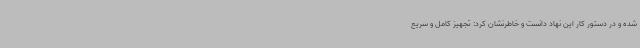
شده و در دستور کار این نهاد دانست و خاطرنشان کرد:‌ تجهیز کامل و سریع